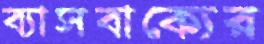
ব্যাসবাক্যের